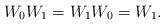
LaTeX: \begin{align*}W_0 W_1=W_1 W_0=W_1.\end{align*}